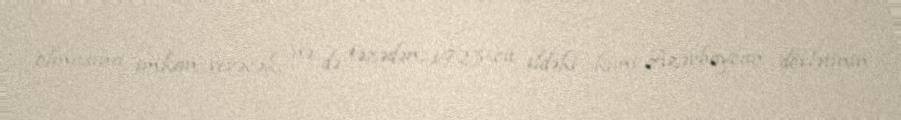
olmasına imkan verəcək, nə də təzədən, 1923-cü ildəki kimi Azərbaycan dövlətinin